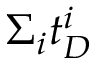
\Sigma _ { i } t _ { D } ^ { i }